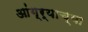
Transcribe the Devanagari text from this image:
आंग्र्याच्या